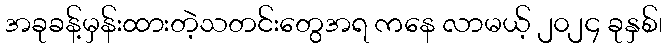
အခုခန့်မှန်းထားတဲ့သတင်းတွေအရ ကနေ လာမယ့် ၂၀၂၄ ခုနှစ်၊